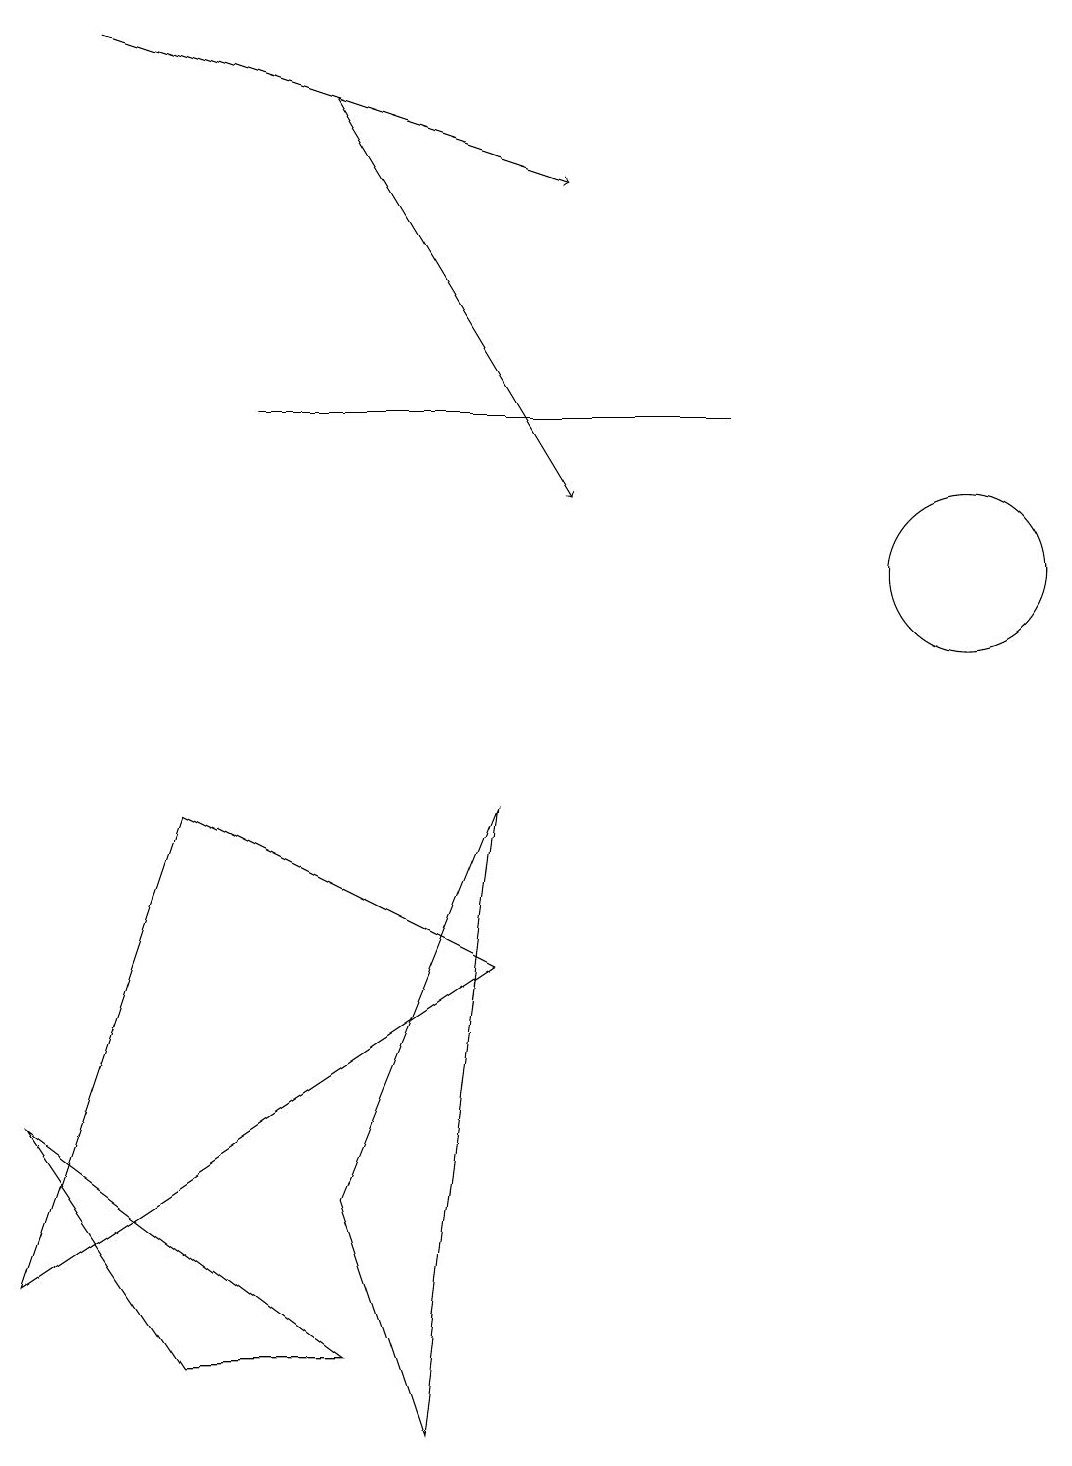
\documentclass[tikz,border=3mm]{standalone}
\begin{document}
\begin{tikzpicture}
\draw (5,1) -- (4,4) -- (6,9) -- cycle;
\draw[->] (4,18) -- (7,13);
\draw (0,5) -- (4,2) -- (2,2) -- cycle;
\draw (0,3) -- (2,9) -- (6,7) -- cycle;
\draw (12,12) circle (1);
\draw (9,14) rectangle (3,14);
\draw[->] (1,19) -- (7,17);
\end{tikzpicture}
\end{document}